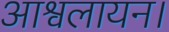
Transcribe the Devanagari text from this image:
आश्वलायन।